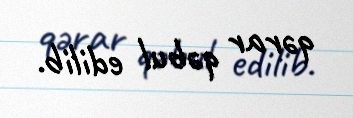
qərar qəbul edilib.